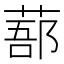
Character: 𦷽